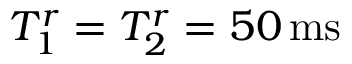
T _ { 1 } ^ { r } = T _ { 2 } ^ { r } = 5 0 \, \mathrm { m s }